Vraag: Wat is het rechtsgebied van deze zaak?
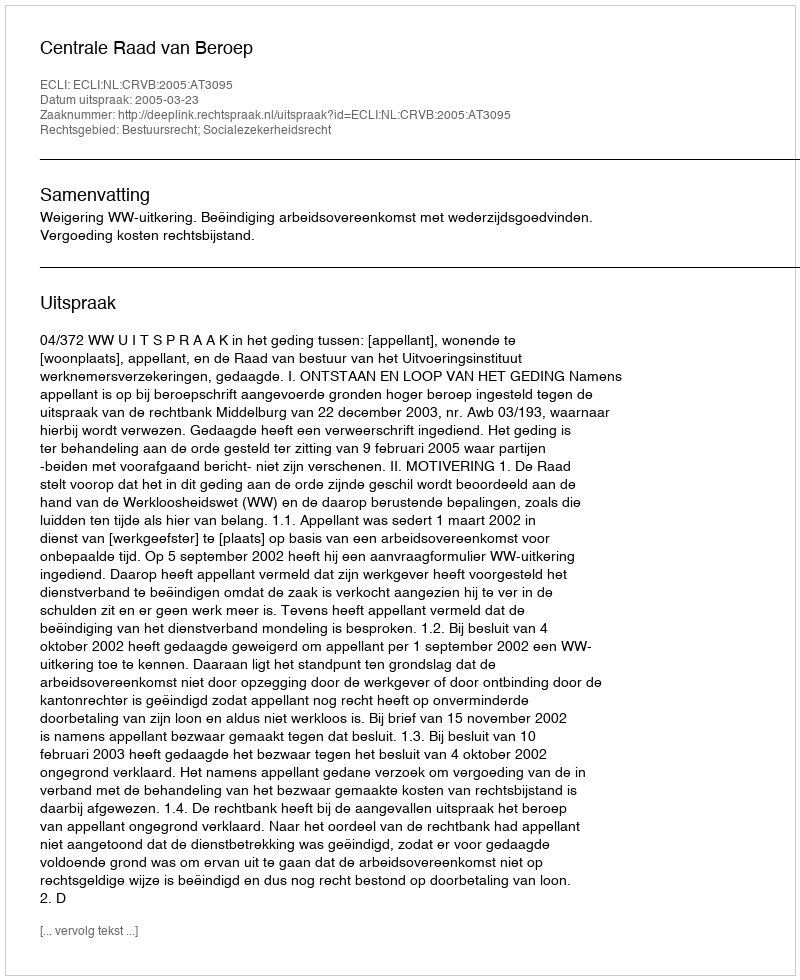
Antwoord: Bestuursrecht; Socialezekerheidsrecht